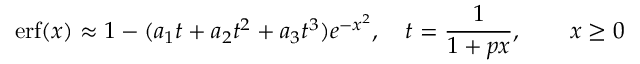
\operatorname { e r f } ( x ) \approx 1 - ( a _ { 1 } t + a _ { 2 } t ^ { 2 } + a _ { 3 } t ^ { 3 } ) e ^ { - x ^ { 2 } } , \quad t = { \frac { 1 } { 1 + p x } } , \qquad x \geq 0